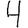
Digit: 4